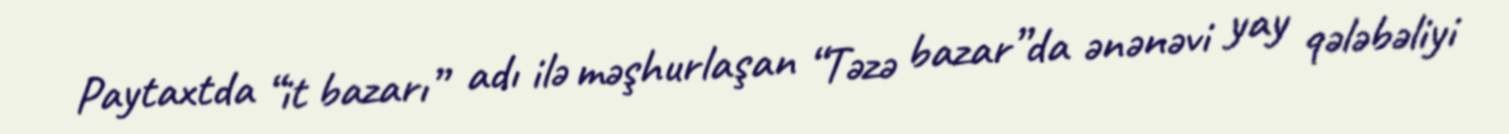
Paytaxtda “it bazarı” adı ilə məşhurlaşan “Təzə bazar”da ənənəvi yay qələbəliyi